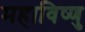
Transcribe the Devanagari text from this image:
महाविष्‍णु